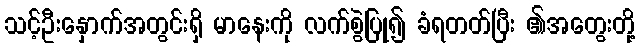
သင့်ဦးနှောက်အတွင်းရှိ မာနေးကို လက်စွဲပြု၍ ခံရတတ်ပြီး ၏အတွေးတို့